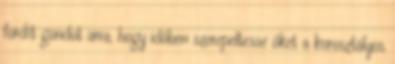
fordít gondot arra, hogy időben szerepeltesse őket a korosztályos